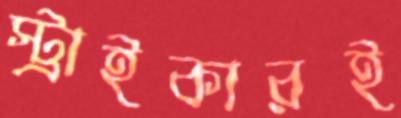
স্ট্রাইকারই